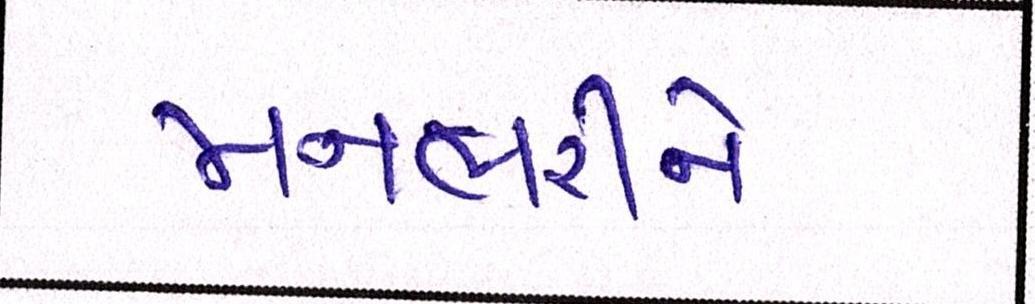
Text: મનભરીને